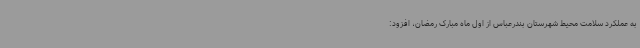
به عملکرد سلامت محیط شهرستان بندرعباس از اول ماه مبارک رمضان، افزود: